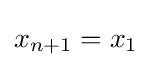
x_{n+1}=x_{1}